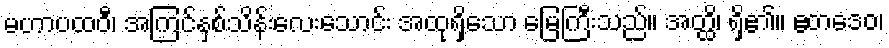
မဟာပထဝီ၊ အကြင်နှစ်သိန်းလေးသောင်း အထုရှိသော မြေကြီးသည်။ အတ္ထိ၊ ရှိ၏။ ဧတဒေဝ၊